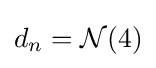
d_{n}={\mathcal {N}}(4)